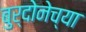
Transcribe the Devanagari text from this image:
बुर्दोनेच्या